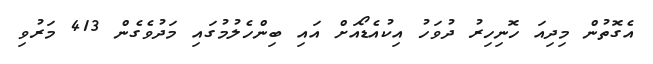
އެގޮތުން މިދިއަ ހޮނިހިރު ދުވަހު އިކުއެޑޯއަށް އައި ބިންހެލުމުގައި މަދުވެގެން 413 މަރުވި